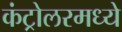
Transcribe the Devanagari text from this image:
कंट्रोलरमध्ये